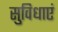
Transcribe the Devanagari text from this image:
सुविधाएं